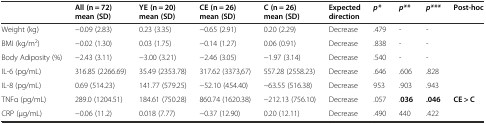
<table><thead><tr><td></td><td><b>All (n = 72) mean (SD)</b></td><td><b>YE (n = 20) mean (SD)</b></td><td><b>CE (n = 26) mean (SD)</b></td><td><b>C (n = 26) mean (SD)</b></td><td><b>Expected direction</b></td><td><b><i>p*</i></b></td><td><b><i>p**</i></b></td><td><b><i>p***</i></b></td><td><b>Post-hoc</b></td></tr></thead><tbody><tr><td>Weight (kg)</td><td>−0.09 (2.83)</td><td>0.23 (3.35)</td><td>−0.65 (2.91)</td><td>0.20 (2.29)</td><td>Decrease</td><td>.479</td><td>-</td><td>-</td><td></td></tr><tr><td>BMI (kg/m<sup>2</sup>)</td><td>−0.02 (1.30)</td><td>0.03 (1.75)</td><td>−0.14 (1.27)</td><td>0.06 (0.91)</td><td>Decrease</td><td>.838</td><td>-</td><td>-</td><td></td></tr><tr><td>Body Adiposity (%)</td><td>−2.43 (3.11)</td><td>−3.00 (3.21)</td><td>−2.46 (3.05)</td><td>−1.97 (3.14)</td><td>Decrease</td><td>.540</td><td>-</td><td>-</td><td></td></tr><tr><td>IL-6 (pg/mL)</td><td>316.85 (2266.69)</td><td>35.49 (2353.78)</td><td>317.62 (3373,67)</td><td>557.28 (2558.23)</td><td>Decrease</td><td>.646</td><td>.606</td><td>.828</td><td></td></tr><tr><td>IL-8 (pg/mL)</td><td>0.69 (514.23)</td><td>141.77 (579.25)</td><td>−52.10 (454.40)</td><td>−63.55 (516.38)</td><td>Decrease</td><td>953</td><td>.903</td><td>.943</td><td></td></tr><tr><td>TNFα (pg/mL)</td><td>289.0 (1204.51)</td><td>184.61 (750.28)</td><td>860.74 (1620.38)</td><td>−212.13 (756.10)</td><td>Decrease</td><td>.057</td><td>.<b>036</b></td><td><b>.046</b></td><td><b>CE &gt; C</b></td></tr><tr><td>CRP (μg/mL)</td><td>−0.06 (11.2)</td><td>0.018 (7.77)</td><td>−0.37 (12.90)</td><td>0.20 (12.11)</td><td>Decrease</td><td>.490</td><td>440</td><td>.422</td><td></td></tr></tbody></table>